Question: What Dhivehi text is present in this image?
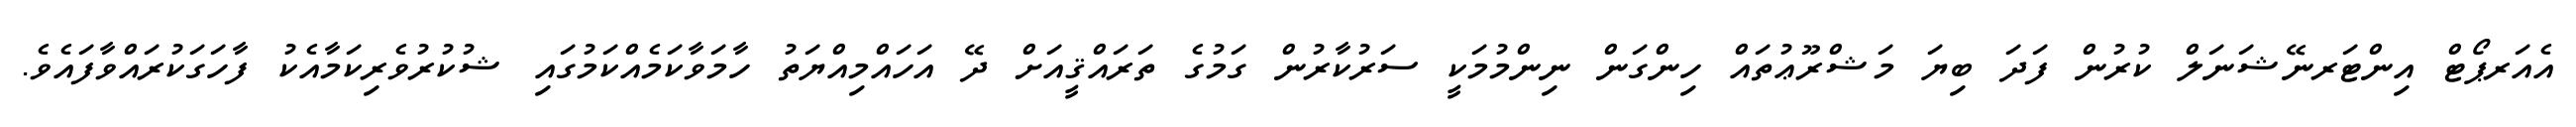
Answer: އެއަރޕޯޓް އިންޓަރނޭޝަނަލް ކުރުން ފަދަ ބިޔަ މަޝްރޫޢުތައް ހިންގަން ނިންމުމަކީ ސަރުކާރުން ގަމުގެ ތަރައްޤީއަށް ދޭ އަހައްމިއްޔަތު ހާމަވާކަމެއްކަމުގައި ޝުކުރުވެރިކަމާއެކު ފާހަގަކުރައްވާފައެވެ.